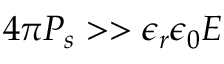
4 \pi P _ { s } > > \epsilon _ { r } \epsilon _ { 0 } E